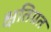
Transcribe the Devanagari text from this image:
क्षतिग्रत